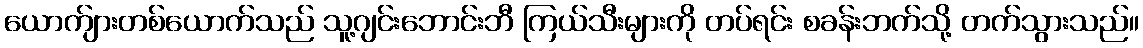
ယောက်ျားတစ်ယောက်သည် သူ့ဂျင်းဘောင်းဘီ ကြယ်သီးများကို တပ်ရင်း စခန်းဘက်သို့ တက်သွားသည်။